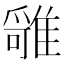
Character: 𩀓